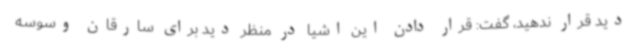
دید قرار ندهید، گفت: قرار دادن این اشیا در منظر دید برای سارقان وسوسه